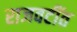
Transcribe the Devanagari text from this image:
राजवटींत